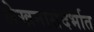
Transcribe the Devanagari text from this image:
लेखनासंदर्भात